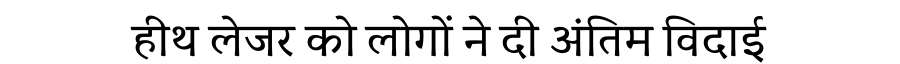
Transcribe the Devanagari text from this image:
हीथ लेजर को लोगों ने दी अंतिम विदाई